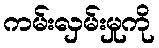
ကမ်းလှမ်းမှုကို